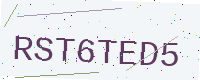
Text: RST6TED5